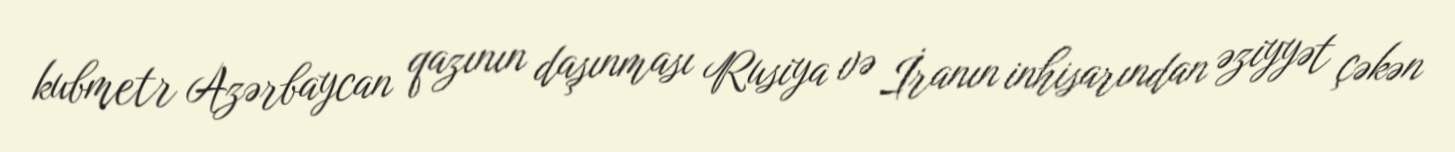
kubmetr Azərbaycan qazının daşınması Rusiya və İranın inhisarından əziyyət çəkən